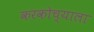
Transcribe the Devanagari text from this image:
करकोच्याला